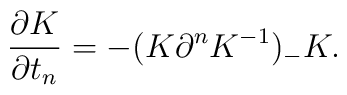
\frac{\partial K}{\partial t_n} =	-( K\partial^n K^{-1})_- K.